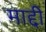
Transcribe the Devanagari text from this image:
माद्दी